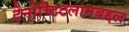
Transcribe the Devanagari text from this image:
टेनोच्टिटलानबद्दल